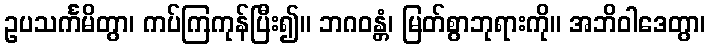
ဥပသင်္ကမိတွာ၊ ကပ်ကြကုန်ပြီး၍။ ဘဂဝန္တံ၊ မြတ်စွာဘုရားကို။ အဘိဝါဒေတွာ၊